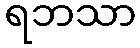
ရဘသာ